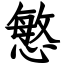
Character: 慜